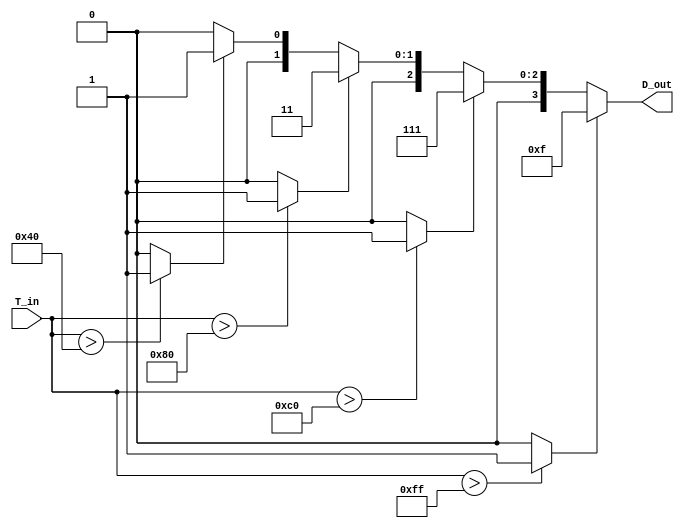
module thermal_encoder (
    input wire [7:0] T_in,       // 8-bit analog temperature input (scaled)
    output reg [3:0] D_out       // 4-bit digital output
);

// Define reference voltage levels (scaled for 8-bit representation)
localparam REF_0C   = 8'd0;    // 0C
localparam REF_25C  = 8'd64;   // 25C
localparam REF_50C  = 8'd128;  // 50C
localparam REF_75C  = 8'd192;  // 75C
localparam REF_100C = 8'd255;  // 100C

// Comparator outputs
wire comp_0C, comp_25C, comp_50C, comp_75C, comp_100C;

// Comparator logic
assign comp_0C   = (T_in > REF_0C) ? 1'b1 : 1'b0;
assign comp_25C  = (T_in > REF_25C) ? 1'b1 : 1'b0;
assign comp_50C  = (T_in > REF_50C) ? 1'b1 : 1'b0;
assign comp_75C  = (T_in > REF_75C) ? 1'b1 : 1'b0;
assign comp_100C = (T_in > REF_100C) ? 1'b1 : 1'b0;

// Encoding logic
always @(*) begin
    case (1'b1)
        comp_100C: D_out = 4'b1111; // Above 100C
        comp_75C:  D_out = 4'b0111; // 75C to 100C
        comp_50C:  D_out = 4'b0011; // 50C to 75C
        comp_25C:  D_out = 4'b0001; // 25C to 50C
        comp_0C:   D_out = 4'b0000; // 0C to 25C
        default:   D_out = 4'b0000; // Below 0C
    endcase
end

endmodule